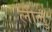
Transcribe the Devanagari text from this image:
लीलु